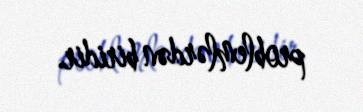
problemlərdən biridir.